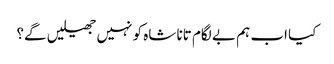
کیا اب ہم بے لگام تانا شاہ کو نہیں جھیلیں گے؟